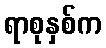
ရာစုနှစ်က